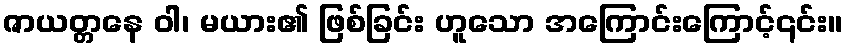
ဇာယတ္တနေ ဝါ၊ မယား၏ ဖြစ်ခြင်း ဟူသော အကြောင်းကြောင့်၎င်း။